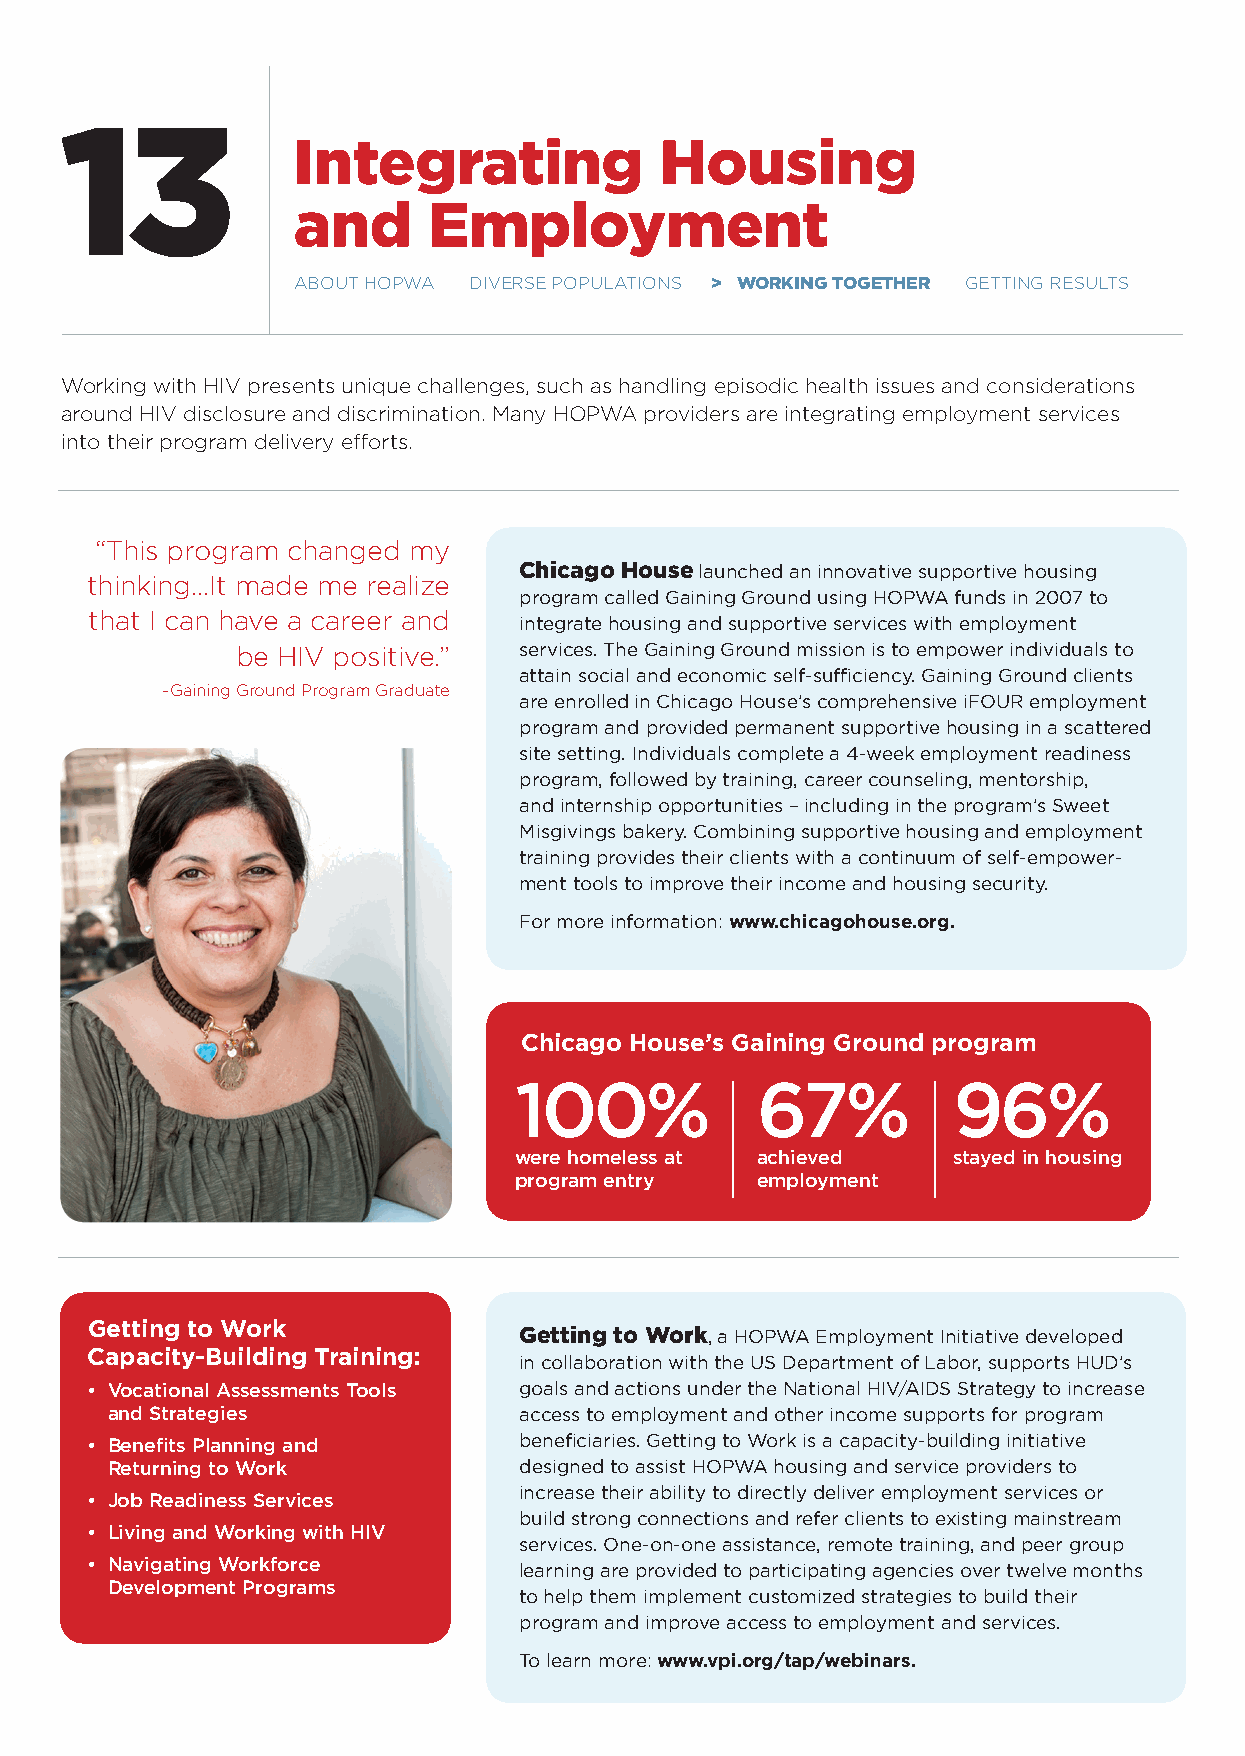
13
 Integrating              Housing
 and      Employment
 aBout Hopwa dIVerse populatIons > WORKINg tOgEtHER gettIng results
 working with HIV presents unique challenges, such as handling episodic health issues and considerations
 around HIV disclosure and discrimination. Many Hopwa providers are integrating employment services
 into their program delivery efforts.
 “this program changed my
 Chicago House launched an innovative supportive housing
 thinking…It made me realize
 program called Gaining Ground using HOPWA funds in 2007 to
 that I can have a career and integrate housing and supportive services with employment
 be HIV positive.” services. The Gaining Ground mission is to empower individuals to
 attain social and economic self-sufficiency. Gaining Ground clients
 –gaining ground program graduate
 are enrolled in Chicago House’s comprehensive iFOUR employment
 program and provided permanent supportive housing in a scattered
 site setting. Individuals complete a 4-week employment readiness
 program, followed by training, career counseling, mentorship,
 and internship opportunities – including in the program’s Sweet
 Misgivings bakery. Combining supportive housing and employment
 training provides their clients with a continuum of self-empower-
 ment tools to improve their income and housing security.
 For more information: www.chicagohouse.org.
 Chicago House’s Gaining Ground program
 100%            67%          96%
 were homeless at achieved    stayed in housing
 program entry   employment
 Getting to Work
 getting to Work, a HOPWA Employment Initiative developed
 Capacity-Building Training:
 in collaboration with the US Department of Labor, supports HUD’s
 • Vocational Assessments Tools goals and actions under the National HIV/AIDS Strategy to increase
 and Strategies             access to employment and other income supports for program
 • Benefits Planning and     beneficiaries. Getting to Work is a capacity-building initiative
 Returning to Work          designed to assist HOPWA housing and service providers to
 increase their ability to directly deliver employment services or
 • Job Readiness Services
 build strong connections and refer clients to existing mainstream
 • Living and Working with HIV
 services. One-on-one assistance, remote training, and peer group
 • Navigating Workforce
 learning are provided to participating agencies over twelve months
 Development Programs
 to help them implement customized strategies to build their
 program and improve access to employment and services.
 To learn more: www.vpi.org/tap/webinars.